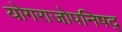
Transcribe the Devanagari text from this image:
योगराजोपनिषद्